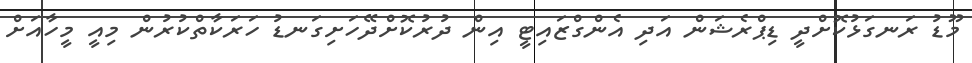
މޫޑު ރަނގަޅުކޮށްދީ ޑިޕްރެޝަން އަދި އެންގްޒައިޓީ އިން ދުރުކޮށްދޭހަށިގަނޑު ހަރަކާތްކުރުން މިއީ މީހާއަށް